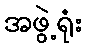
အဖွဲ့ရုံး